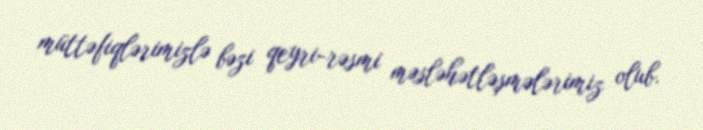
müttəfiqlərimizlə bəzi qeyri-rəsmi məsləhətləşmələrimiz olub.